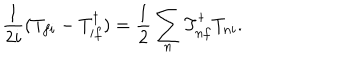
LaTeX: \frac { 1 } { 2 i } ( T _ { f i } - T _ { i f } ^ { \dagger } ) = \frac { 1 } { 2 } \sum _ { n } T _ { n f } ^ { \dagger } T _ { n i } .